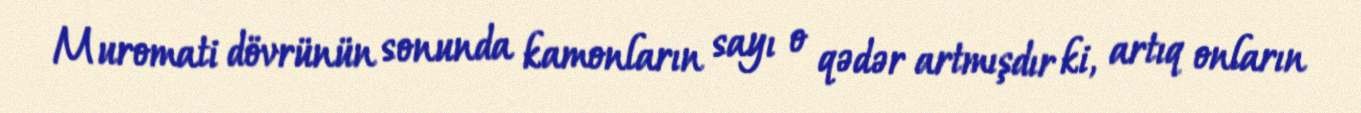
Muromati dövrünün sonunda kamonların sayı o qədər artmışdır ki, artıq onların